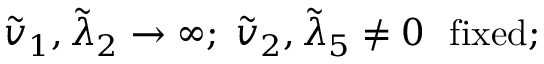
\tilde { v } _ { 1 } , \tilde { \lambda } _ { 2 } \to \infty ; \; \tilde { v } _ { 2 } , \tilde { \lambda } _ { 5 } \not = 0 \ \ \mathrm { f i x e d } ;